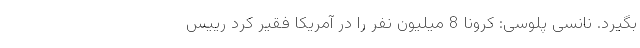
بگیرد. نانسی پلوسی: کرونا 8 میلیون نفر را در آمریکا فقیر کرد رییس